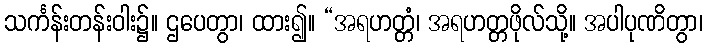
သင်္ကန်းတန်းဝါး၌။ ဌပေတွာ၊ ထား၍။ “အရဟတ္တံ၊ အရဟတ္တဖိုလ်သို့။ အပါပုဏိတွာ၊